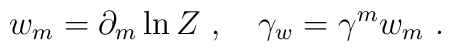
w_m = \partial_m \ln Z\ ,\quad\gamma_w = \gamma^m w_m \ .